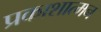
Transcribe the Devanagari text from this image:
प्रकाशात्मन